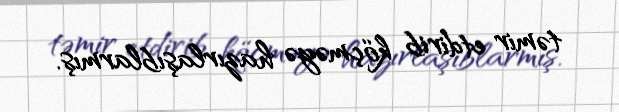
təmir etdirib köçməyə hazırlaşıblarmış.